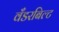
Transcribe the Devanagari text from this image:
वँडरबिल्ट